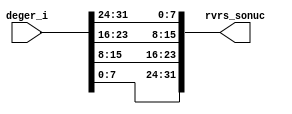
module rvrs_unit(
   input [31:0] deger_i,
   output [31:0] rvrs_sonuc
);
   assign rvrs_sonuc = {deger_i[7:0], deger_i[15:8], deger_i[23:16], deger_i[31:24]};
endmodule